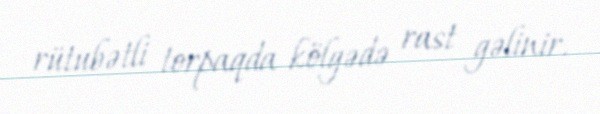
rütubətli torpaqda kölgədə rast gəlinir.